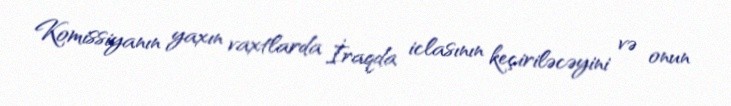
Komissiyanın yaxın vaxtlarda İraqda iclasının keçiriləcəyini və onun